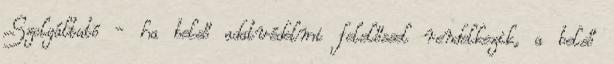
Szolgáltató - ha belső adatvédelmi felelőssel rendelkezik, a belső